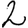
Digit: 2